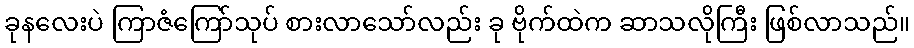
ခုနလေးပဲ ကြာဇံကြော်သုပ် စားလာသော်လည်း ခု ဗိုက်ထဲက ဆာသလိုကြီး ဖြစ်လာသည်။